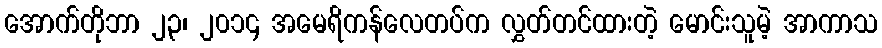
အောက်တိုဘာ ၂၃၊ ၂၀၁၄ အမေရိကန်လေတပ်က လွှတ်တင်ထားတဲ့ မောင်းသူမဲ့ အာကာသ